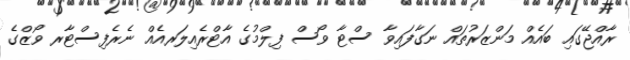
ރާއްޖޭގައި ބައެއް މަންޒަރުތައް ނަގާފައިވާ ސްޓާ ވޯސް ފިލްމުގެ އާޓްރެއިލަރއެއް ނެރެފިސްޓާރ ވޯޒްގެ